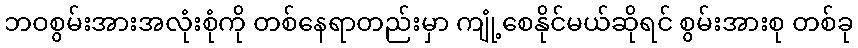
ဘဝစွမ်းအားအလုံးစုံကို တစ်နေရာတည်းမှာ ကျုံ့စေနိုင်မယ်ဆိုရင် စွမ်းအားစု တစ်ခု